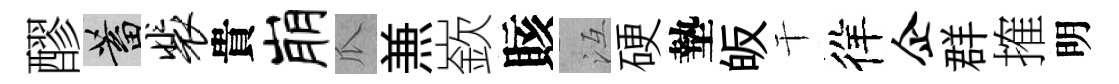
醪蓄裴貴崩瓜𠔥嶔賅冱硬墊皈干徉企群搉明